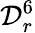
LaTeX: \mathcal{D}_{r}^{6}